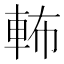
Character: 𨋞